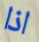
اذا